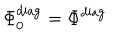
\Phi _ { 0 } ^ { \mathrm { d i a g } } = \Phi ^ { \mathrm { d i a g } } \;